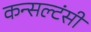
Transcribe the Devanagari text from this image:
कन्सल्टंसी